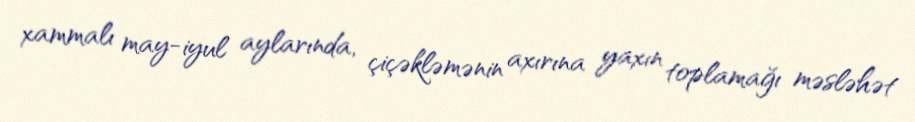
xammalı may-iyul aylarında, çiçəkləmənin axırına yaxın toplamağı məsləhət